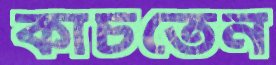
কাচতেন